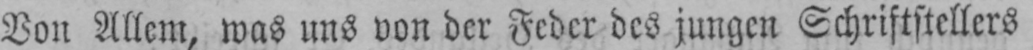
Von Allem, was uns von der Feder des jungen Schriftstellers